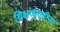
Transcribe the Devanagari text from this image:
शिक्षणाकरितां